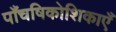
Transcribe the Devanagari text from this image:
पाँचषिकोशिकाएँ